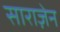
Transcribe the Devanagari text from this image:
साराज़ेन